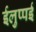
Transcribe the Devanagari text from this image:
ईलुप्पई